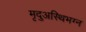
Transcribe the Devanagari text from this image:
मृदुअस्थिभग्न